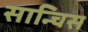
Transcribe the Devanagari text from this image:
सान्चिस